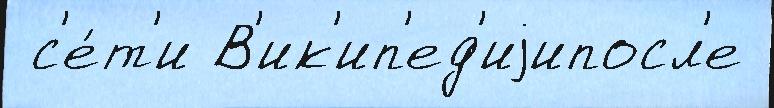
 с'е́т'и В'ик'ип'ед'иjипосл'е